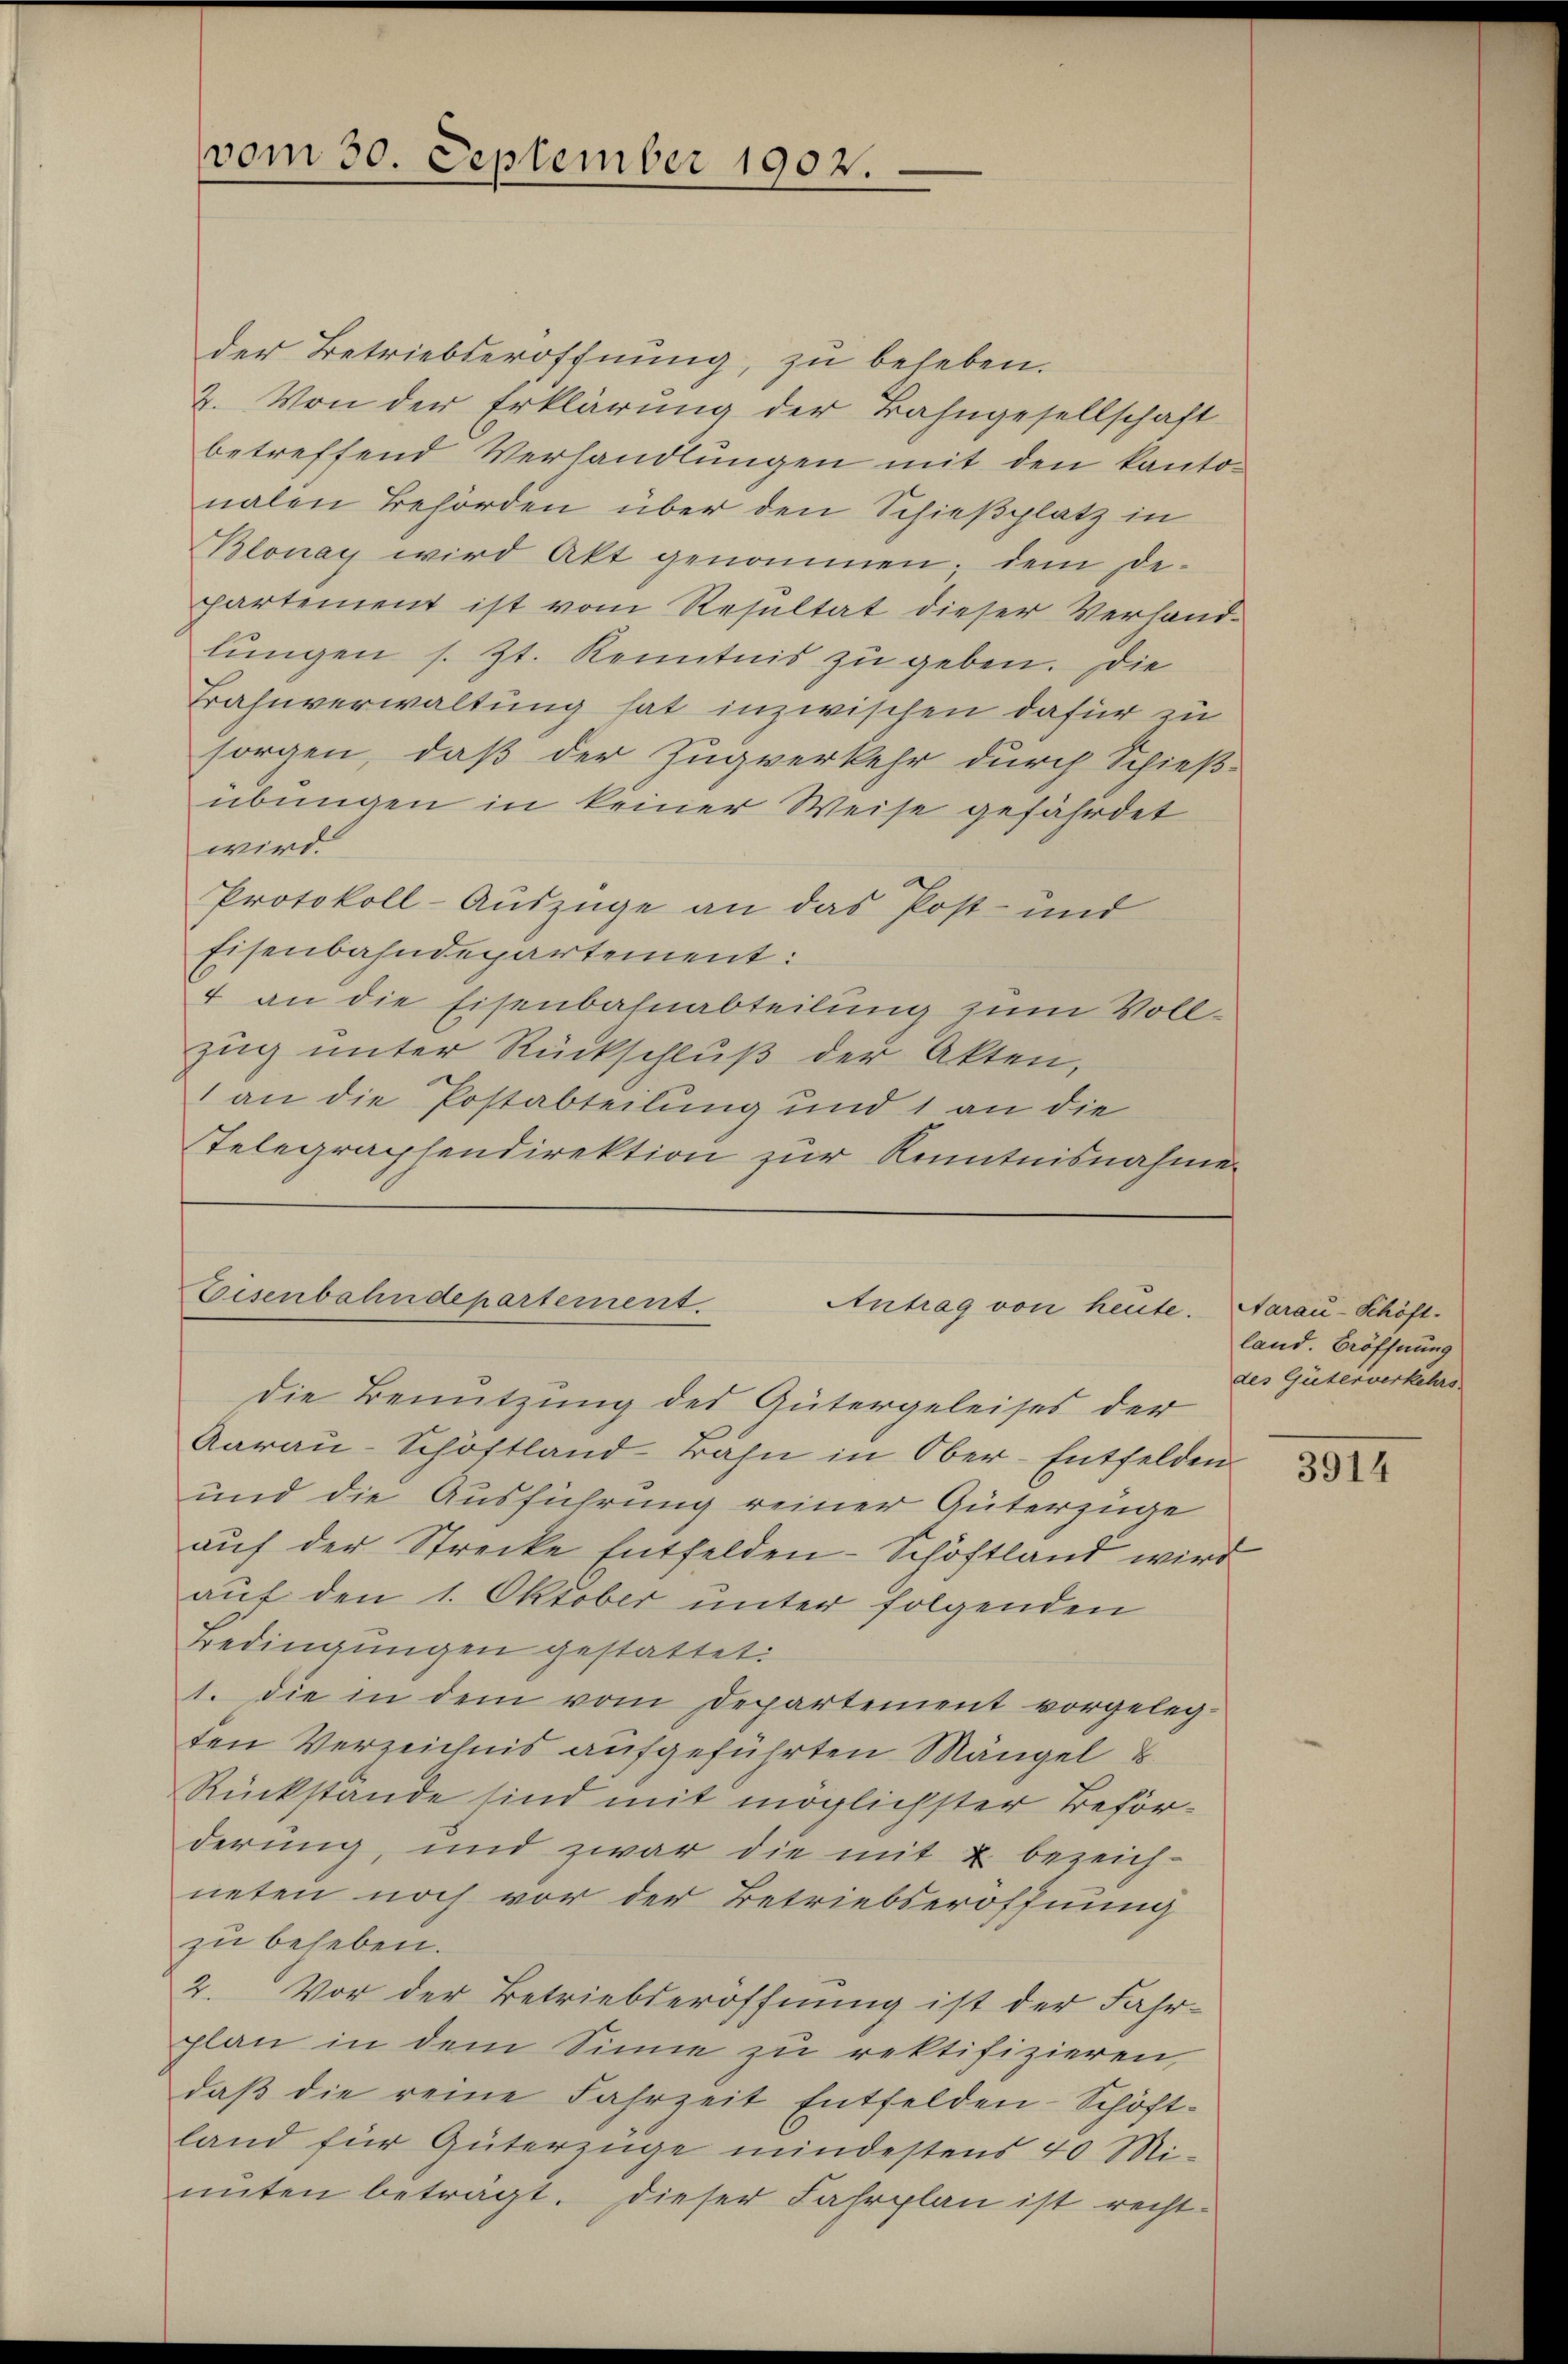
vom 30. September 1902.

der Betriebseröffnung, zu beheben.
2. Von der Erklärung der Bahngesellschaft
betreffend Verhandlungen mit den kanton
nalen Behörden über den Schießplatz in
Blonay wird Akt genommen, dem De-
partement ist vom Resultat dieser Verhand-
lungen s. Zt. Kenntnis zu geben. Die
Bahnverwaltung hat inzwischen dafür zu
sorgen, daß der Zugverkehr durch Schieß-
übungen in keiner Weise gefährdet
wird.
Protokoll-Auszüge an das Post- und
Eisenbahndepartement:
4 an die Eisenbahnabteilung zum Vollzug unter Rückschluß der Akten,
1 an die Postabteilung und 1 an die
Telegraphendirektion zur Kenntnisnahme

Eisenbahndepartement.
Antrag von heute.

die Benutzung des Gütergeleises der
Aarau-Schöftland Bahn in Ober-Entfelden
und die Ausführung reiner Güterzüge
auf der Strecke Entfelden- Schöftland wird
auf den 1. Oktober unter folgenden
Bedingungen gestattet:
1. die in dem vom Departement vorgelegten Verzeichnis aufgeführten Mängel u
Rückstände sind mit möglichster Beförderung, und zwar die mit u bezeich-
neten noch vor der Betriebseröffnung
zu beheben.
2. Vor der Betriebseröffnung ist der Fahr-
plan in dem Sinne zu rektifizieren,
daβ die reine Fahrzeit Entfelden-Schöft-
land für Güterzüge mindestens 40 Mi-
unten beträgt. Dieser Fahrplan ist recht-

Aarau-Schöft
land. Eröffnung
des Güterverkehrs.

3914